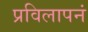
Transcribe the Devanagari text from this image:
प्रविलापनं